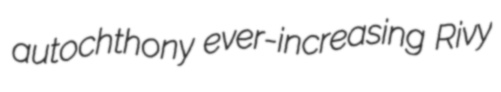
autochthony ever-increasing Rivy